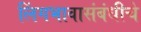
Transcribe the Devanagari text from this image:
लिंगभावासंबंधीचे